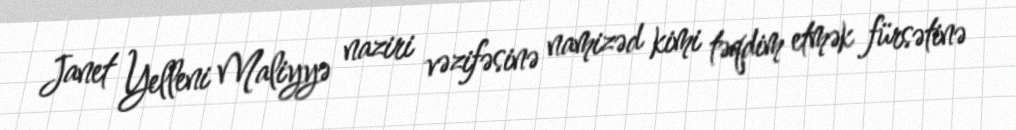
Janet Yelleni Maliyyə naziri vəzifəsinə namizəd kimi təqdim etmək fürsətinə